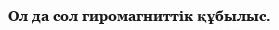
Ол да сол гиромагниттік құбылыс.